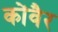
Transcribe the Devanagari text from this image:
कोंवैर